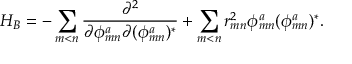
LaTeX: H _ { B } = - \sum _ { m < n } \frac { \partial ^ { 2 } } { \partial \phi _ { m n } ^ { a } \partial ( \phi _ { m n } ^ { a } ) ^ { * } } + \sum _ { m < n } r _ { m n } ^ { 2 } \phi _ { m n } ^ { a } ( \phi _ { m n } ^ { a } ) ^ { * } .